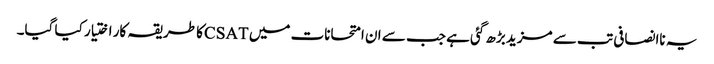
یہ ناانصافی تب سے مزید بڑھ گئی ہے جب سے ان امتحانات میں CSATکا طریقہ کار اختیار کیا گیا۔